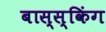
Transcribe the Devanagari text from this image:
बास्स्किंग